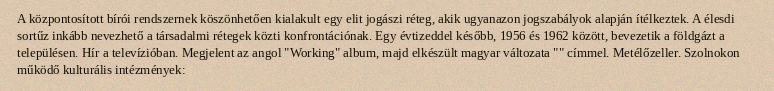
A központosított bírói rendszernek köszönhetően kialakult egy elit jogászi réteg, akik ugyanazon jogszabályok alapján ítélkeztek. A élesdi sortűz inkább nevezhető a társadalmi rétegek közti konfrontációnak. Egy évtizeddel később, 1956 és 1962 között, bevezetik a földgázt a településen. Hír a televízióban. Megjelent az angol "Working" album, majd elkészült magyar változata "" címmel. Metélőzeller. Szolnokon működő kulturális intézmények: